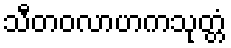
သီတဝလာဟကသုတ္တံ